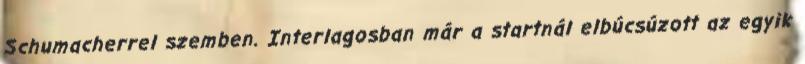
Schumacherrel szemben. Interlagosban már a startnál elbúcsúzott az egyik